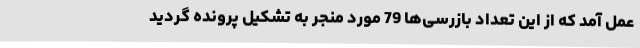
عمل آمد که از این تعداد بازرسی‌ها 79 مورد منجر به تشکیل پرونده گردید